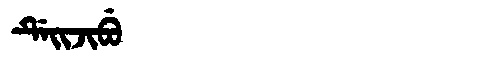
Manchu: ᡩᡝᡳᠵᡳᠪᡠ
Romanization: DEIJIBU